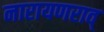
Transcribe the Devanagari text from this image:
नारायणराव्